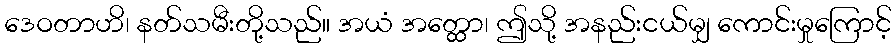
ဒေဝတာဟိ၊ နတ်သမီးတို့သည်။ အယံ အတ္ထော၊ ဤသို့ အနည်းငယ်မျှ ကောင်းမှုကြောင့်